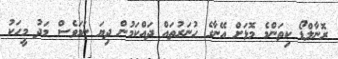
ރޮނާލްޑޯ ކިތަންމެ މޮޅަށް އޭނާގެ ހުނަރުތައް ދައްކަމުން ދިޔަ ނަމަވެސް މަދު މީހަކު